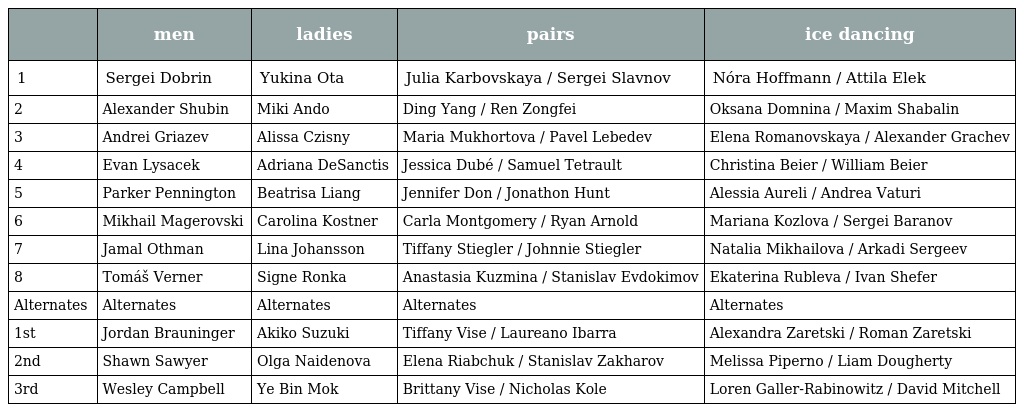
|  | men | ladies | pairs | ice dancing |
 | --- | --- | --- | --- | --- |
 | 1 | Sergei Dobrin | Yukina Ota | Julia Karbovskaya / Sergei Slavnov | Nóra Hoffmann / Attila Elek |
 | 2 | Alexander Shubin | Miki Ando | Ding Yang / Ren Zongfei | Oksana Domnina / Maxim Shabalin |
 | 3 | Andrei Griazev | Alissa Czisny | Maria Mukhortova / Pavel Lebedev | Elena Romanovskaya / Alexander Grachev |
 | 4 | Evan Lysacek | Adriana DeSanctis | Jessica Dubé / Samuel Tetrault | Christina Beier / William Beier |
 | 5 | Parker Pennington | Beatrisa Liang | Jennifer Don / Jonathon Hunt | Alessia Aureli / Andrea Vaturi |
 | 6 | Mikhail Magerovski | Carolina Kostner | Carla Montgomery / Ryan Arnold | Mariana Kozlova / Sergei Baranov |
 | 7 | Jamal Othman | Lina Johansson | Tiffany Stiegler / Johnnie Stiegler | Natalia Mikhailova / Arkadi Sergeev |
 | 8 | Tomáš Verner | Signe Ronka | Anastasia Kuzmina / Stanislav Evdokimov | Ekaterina Rubleva / Ivan Shefer |
 | Alternates | Alternates | Alternates | Alternates | Alternates |
 | 1st | Jordan Brauninger | Akiko Suzuki | Tiffany Vise / Laureano Ibarra | Alexandra Zaretski / Roman Zaretski |
 | 2nd | Shawn Sawyer | Olga Naidenova | Elena Riabchuk / Stanislav Zakharov | Melissa Piperno / Liam Dougherty |
 | 3rd | Wesley Campbell | Ye Bin Mok | Brittany Vise / Nicholas Kole | Loren Galler-Rabinowitz / David Mitchell |